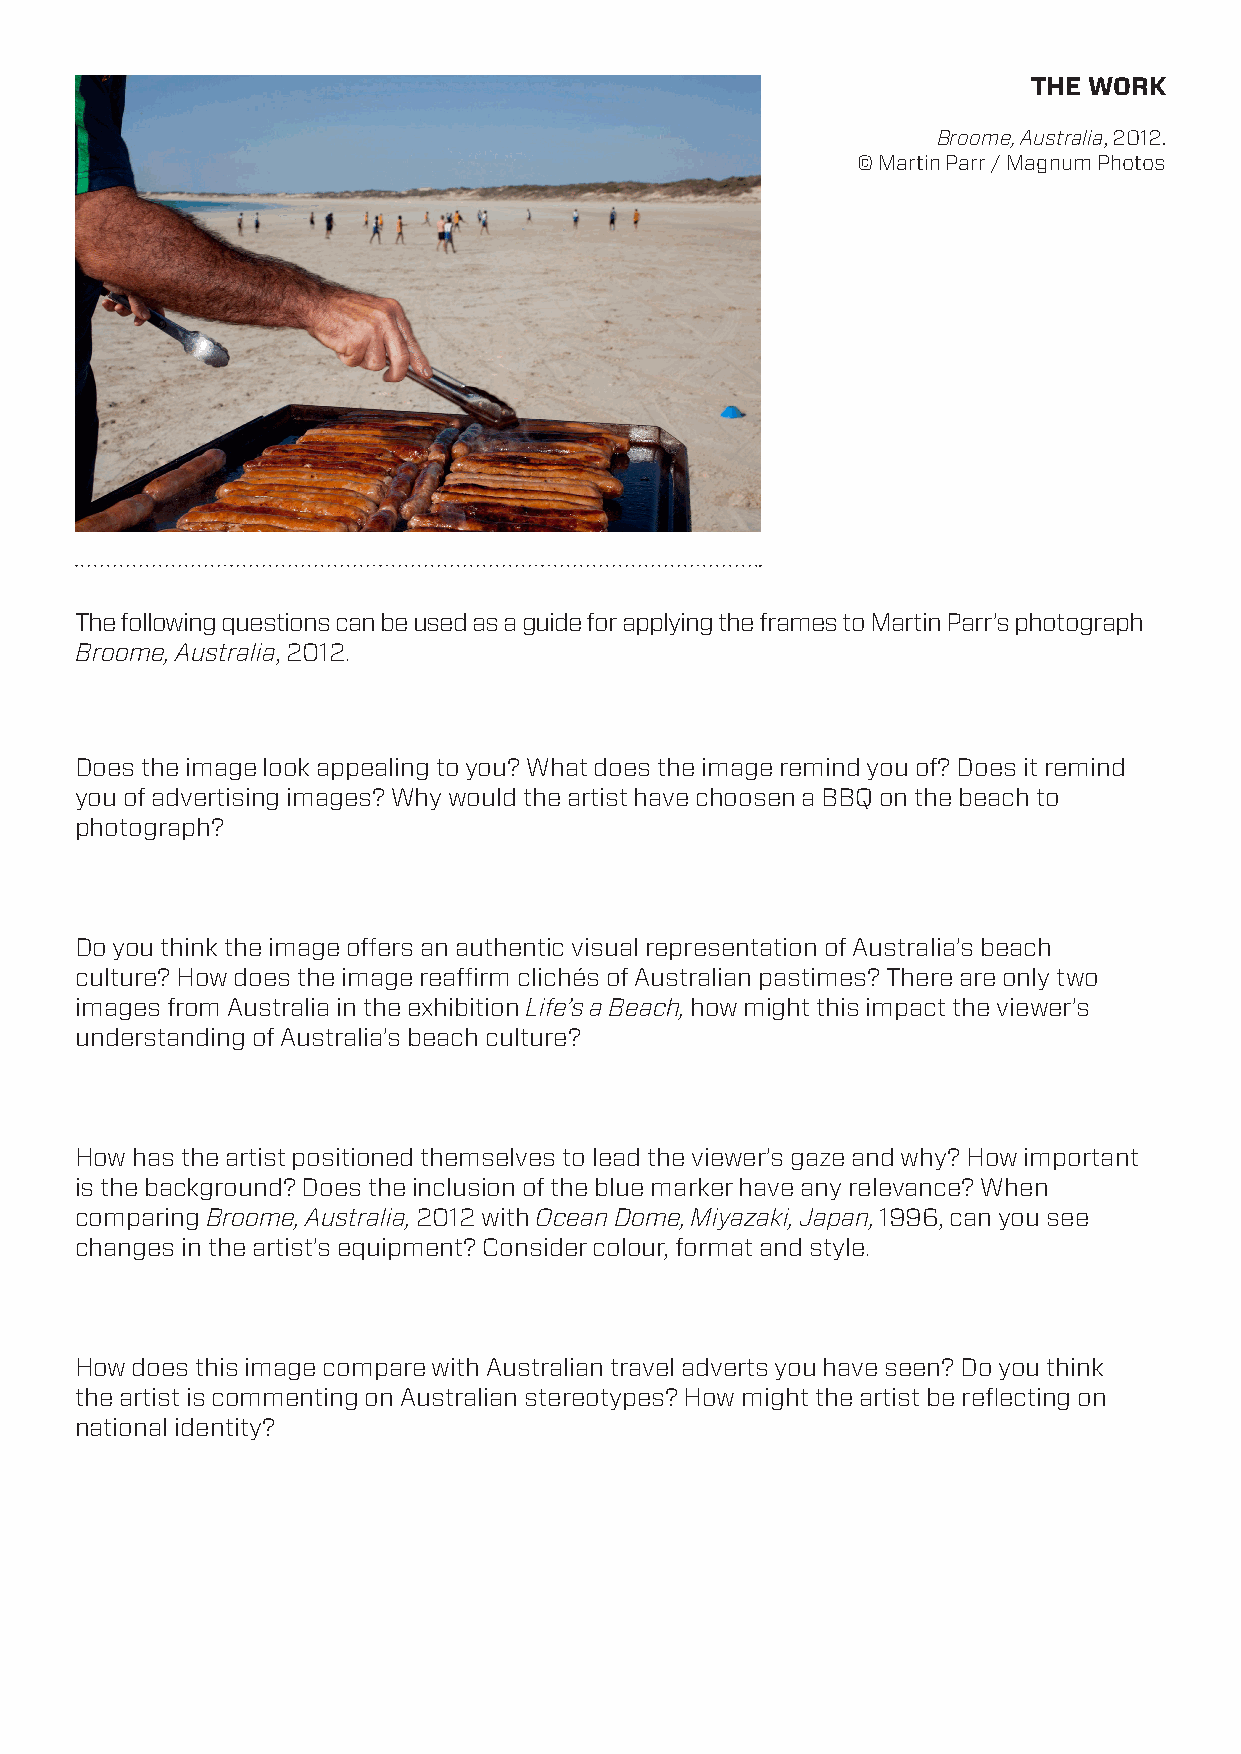
THE WORK
 Broome, Australia, 2012.
 © Martin Parr / Magnum Photos
 The following questions can be used as a guide for applying the frames to Martin Parr’s photograph
 Broome, Australia, 2012.
 Does the image look appealing to you? What does the image remind you of? Does it remind
 you of advertising images? Why would the artist have choosen a BBQ on the beach to
 photograph?
 Do you think the image offers an authentic visual representation of Australia’s beach
 culture? How does the image reaffirm clichés of Australian pastimes? There are only two
 images from Australia in the exhibition Life’s a Beach, how might this impact the viewer’s
 understanding of Australia’s beach culture?
 How has the artist positioned themselves to lead the viewer’s gaze and why? How important
 is the background? Does the inclusion of the blue marker have any relevance? When
 comparing Broome, Australia, 2012 with Ocean Dome, Miyazaki, Japan, 1996, can you see
 changes in the artist’s equipment? Consider colour, format and style.
 How does this image compare with Australian travel adverts you have seen? Do you think
 the artist is commenting on Australian stereotypes? How might the artist be reflecting on
 national identity?